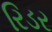
રિડર